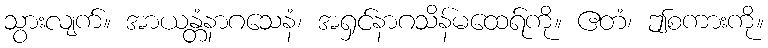
သွားလျက်။ အာယန္တံနာဂသေနံ၊ အရှင်နာဂသိန်မထေရ်ကို။ ဧတံ၊ ဤစကားကို။